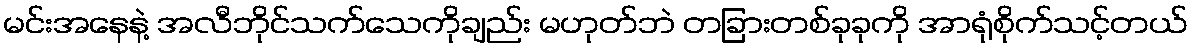
မင်းအနေနဲ့ အလီဘိုင်သက်သေကိုချည်း မဟုတ်ဘဲ တခြားတစ်ခုခုကို အာရုံစိုက်သင့်တယ်